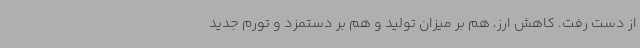
از دست رفت. کاهش ارز، هم بر میزان تولید و هم بر دستمزد و تورم جدید